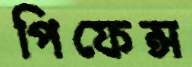
পিফেন্স